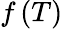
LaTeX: f\left(T\right)